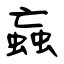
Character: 蝱